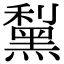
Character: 䵩